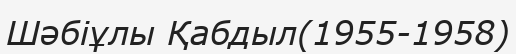
Шәбіұлы Қабдыл(1955-1958)